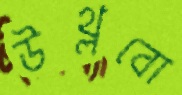
উথ্‌লবো